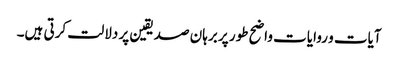
آیات و روایات واضح طور پر برہان صدیقین پر دلالت کرتی ہیں۔